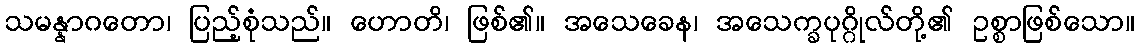
သမန္နာဂတော၊ ပြည့်စုံသည်။ ဟောတိ၊ ဖြစ်၏။ အသေခေန၊ အသေက္ခပုဂ္ဂိုလ်တို့၏ ဥစ္စာဖြစ်သော။